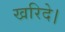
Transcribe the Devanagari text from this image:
खरिदे।